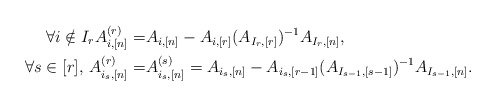
\begin{align*} \forall i \notin I_r A_{i,[n]}^{(r)} =& A_{i,[n]} - A_{i,[r]} (A_{I_r,[r]})^{-1} A_{I_r,[n]},\\\forall s \in [r],\, A_{i_s,[n]}^{(r)} =& A_{i_s,[n]}^{(s)} = A_{i_s,[n]}- A_{i_s,[r-1]} (A_{I_{s-1},[s-1]})^{-1} A_{I_{s-1},[n]}.\end{align*}